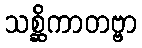
သစ္ဆိကာတဗ္ဗာ